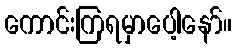
ကောင်းကြရမှာပေါ့နော်။